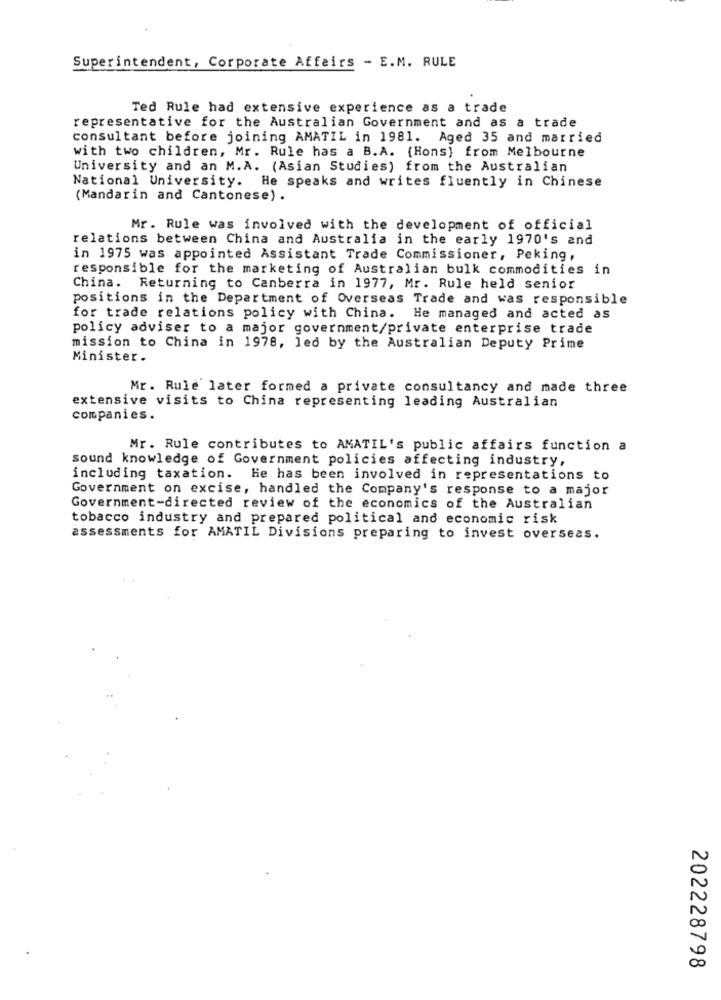
Superintendent, Corporate Affairs - E.M. RULE
Ted Rule had extensive experience as a trade
representative for the Australian Government and as a trade
consultant before joining AMATIL in 1981. Aged 35 and married
with two children, Mr. Rule has a B.A. (Hons) from Melbourne
University and an M.A. (Asian Studies) from the Australian
National University. He speaks and writes fluently in Chinese
(Mandarin and Cantonese) .
Mr. Rule was involved with the development of official
relations between China and Australia in the early 1970's and
in 1975 was appointed Assistant Trade Commissioner, Peking,
responsible for the marketing of Australian bulk commodities in
China. Returning to Canberra in 1977, Mr. Rule held senior
positions in the Department of Overseas Trade and was responsible
for trade relations policy with China. He managed and acted as
policy adviser to a major government/private enterprise trade
mission to China in 1978, led by the Australian Deputy Prime
Minister.
Mr. Rule later formed a private consultancy and made three
extensive visits to China representing leading Australian
companies.
Mr. Rule contributes to AMATIL's public affairs function a
sound knowledge of Government policies affecting industry,
including taxation. He has been involved in representations to
Government on excise, handled the Company's response to a major
Government-directed review of the economics of the Australian
tobacco industry and prepared political and economic risk
assessments for AMATIL Divisions preparing to invest overseas.
202228798